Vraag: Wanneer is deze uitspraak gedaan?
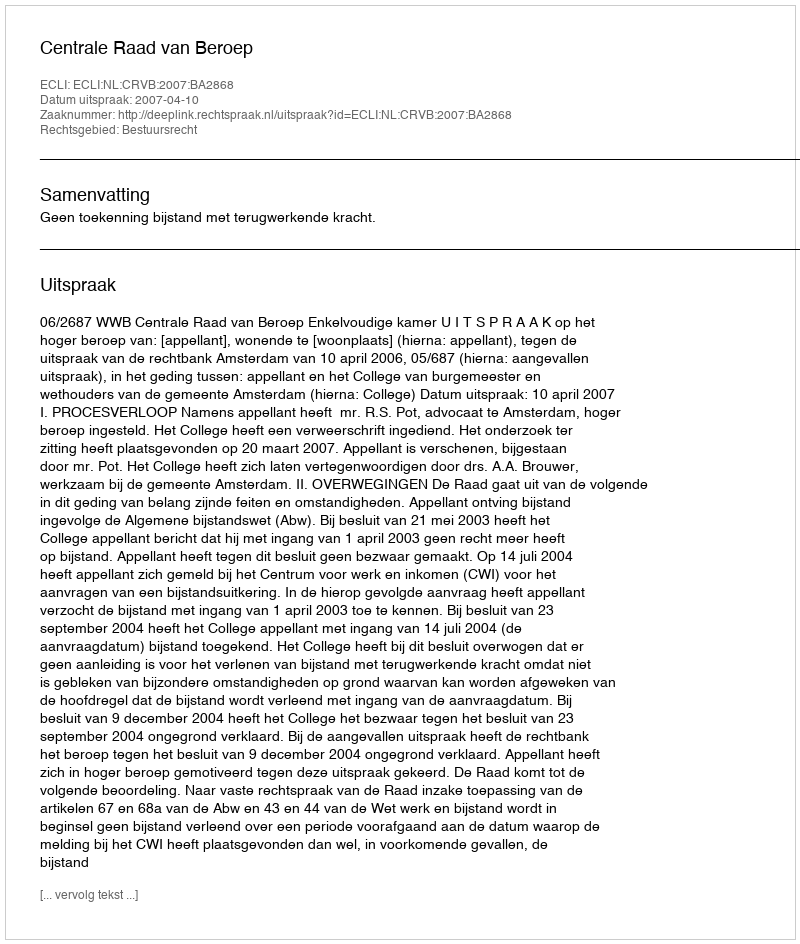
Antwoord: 2007-04-10